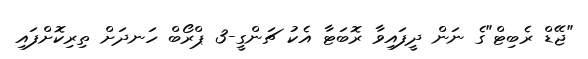
"ޖޭޑް ރެބިޓް"ގެ ނަން ދީފައިވާ ރޮބަޓާ އެކު ޗަންގީ-3 ޕްރޯބް ހަނދަށް ތިރިކޮށްފައި